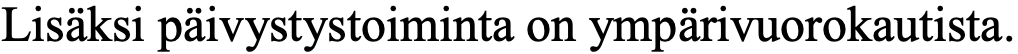
Lisäksi päivystystoiminta on ympärivuorokautista.